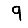
Digit: 9